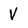
Character: V